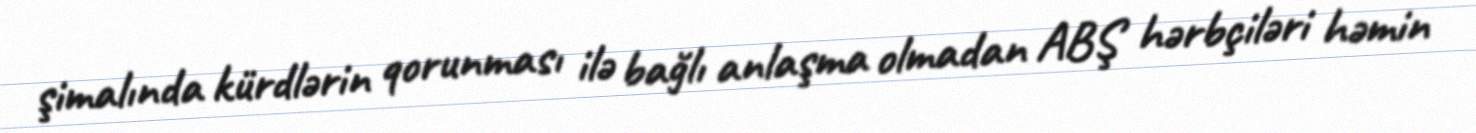
şimalında kürdlərin qorunması ilə bağlı anlaşma olmadan ABŞ hərbçiləri həmin